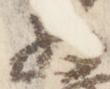
為